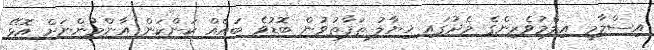
އިސްލާމީ އިލްމުވެރިންގެ މެދުގައި ޚިޔާލު ތަފާތުވުން ބޮޑުވެ ބައެއް ކަންކަން އާންމުންނަށް އޮޅޭ